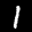
Label: 1